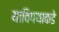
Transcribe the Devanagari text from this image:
याविषयाकडे